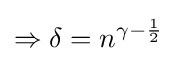
\Rightarrow \delta =n^{\gamma -{\frac {1}{2}}}